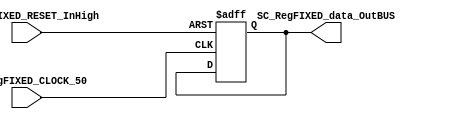
/*######################################################################
//#	G0B1T: HDL EXAMPLES. 2018.
//######################################################################
//# Copyright (C) 2018. F.E.Segura-Quijano (FES) fsegura@uniandes.edu.co
//# 
//# This program is free software: you can redistribute it and/or modify
//# it under the terms of the GNU General Public License as published by
//# the Free Software Foundation, version 3 of the License.
//#
//# This program is distributed in the hope that it will be useful,
//# but WITHOUT ANY WARRANTY; without even the implied warranty of
//# MERCHANTABILITY or FITNESS FOR A PARTICULAR PURPOSE.  See the
//# GNU General Public License for more details.
//#
//# You should have received a copy of the GNU General Public License
//# along with this program.  If not, see <http://www.gnu.org/licenses/>
//####################################################################*/
//=======================================================
//  MODULE Definition
//=======================================================
module SC_RegFIXED #(parameter DATAWIDTH_BUS=8, parameter DATA_REGFIXED_INIT=8'b00000000)(
	//////////// OUTPUTS //////////
	SC_RegFIXED_data_OutBUS,
	//////////// INPUTS //////////
	SC_RegFIXED_CLOCK_50,
	SC_RegFIXED_RESET_InHigh
);
//=======================================================
//  PARAMETER declarations
//=======================================================

//=======================================================
//  PORT declarations
//=======================================================
output reg		[DATAWIDTH_BUS-1:0] SC_RegFIXED_data_OutBUS;
input			SC_RegFIXED_CLOCK_50;
input			SC_RegFIXED_RESET_InHigh;
//=======================================================
//  REG/WIRE declarations
//=======================================================
reg [DATAWIDTH_BUS-1:0] RegFIXED_Register;
reg [DATAWIDTH_BUS-1:0] RegFIXED_Signal;
//=======================================================
//  Structural coding
//=======================================================
//INPUT LOGIC: COMBINATIONAL
always @ (*)
	RegFIXED_Signal = RegFIXED_Register;
// REGISTER : SEQUENTIAL
always @ ( posedge SC_RegFIXED_CLOCK_50 , posedge SC_RegFIXED_RESET_InHigh)
	if (SC_RegFIXED_RESET_InHigh==1)
		RegFIXED_Register <= DATA_REGFIXED_INIT;
	else
		RegFIXED_Register <= RegFIXED_Signal;
//=======================================================
//  Outputs
//=======================================================
// OUTPUT LOGIC : COMBINATIONAL
	always @ (*)
		SC_RegFIXED_data_OutBUS = RegFIXED_Register;  

endmodule